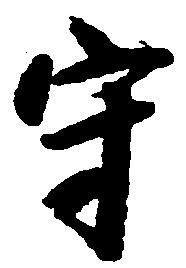
守